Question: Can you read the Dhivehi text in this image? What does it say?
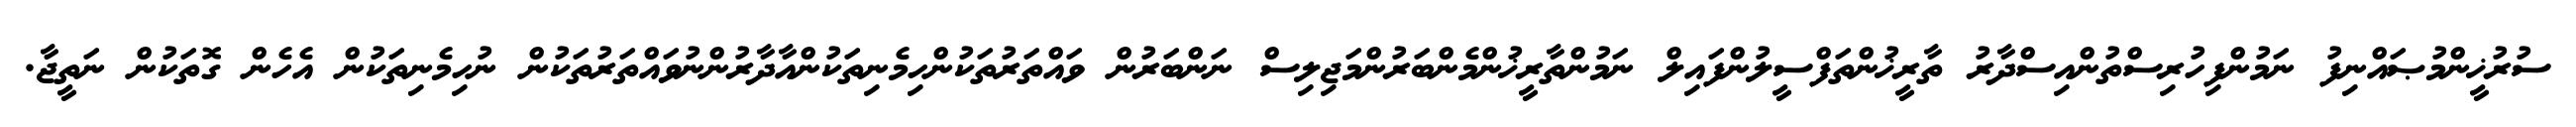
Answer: ސުރުޚީންމުޞައްނިފު ނަމުންފިހުރިސްތުންއިސްދާރު ތާރީޚުންތަފްސީލުންފައިލް ނަމުންތާރީޚުންމެންބަރުންމަޖިލިސް ނަންބަރުން ވައްތަރުތަކުންހިމެނިތަކުންއާދާރުންނުވައްތަރުތަކުން ނުހިމެނިތަކުން އެހެން ގޮތަކުން ނަތީޖާ.